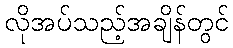
လိုအပ်သည့်အချိန်တွင်